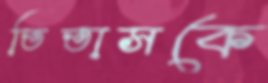
তিতাসকে